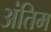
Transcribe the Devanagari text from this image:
अंतिम